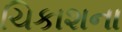
ચિકાશના